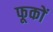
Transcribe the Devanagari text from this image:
फूकों